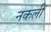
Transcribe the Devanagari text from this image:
नकलीं